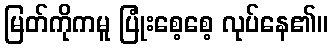
မြတ်ကိုကမူ ပြုံးစေ့စေ့ လုပ်နေ၏။